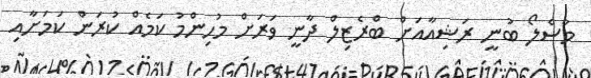
މާސެލޯ ބުނީ ރަޝިއާއަށް ބްރެޒިލް ދާނީ ވަރަށް މުހިންމު ކަމެއް ކުރަން ކަމަށާއި